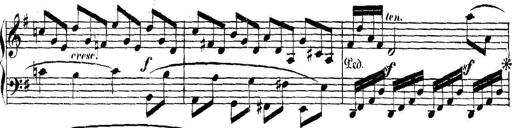
Title: Collected Piano Sonatas
Composer: Muzio Clementi